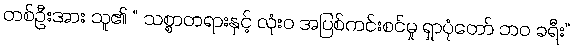
တစ်ဦးအား သူ၏ “ သစ္စာတရားနှင့် လုံးဝ အပြစ်ကင်းစင်မှု ရှာပုံတော် ဘဝ ခရီး”